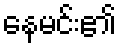
နေမင်း၏